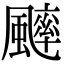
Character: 𩘱